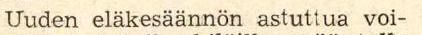
Uuden eläkesäannön astuttua voi-